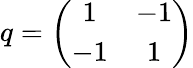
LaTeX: q=\left(\begin{array}{cc}{{1}}&{{-1}}\\ {{-1}}&{{1}}\end{array}\right)